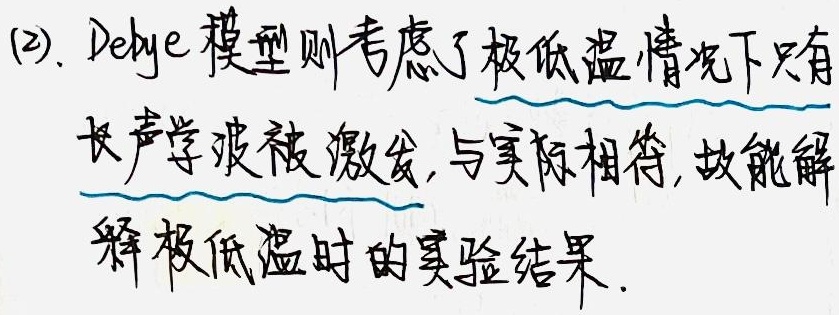
Debye 模型则考虑了极低温情况下只有长声学波被激发，与实际相符，故能解释极低温时的实验结果.